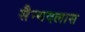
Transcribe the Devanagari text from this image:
सैन्यदलास